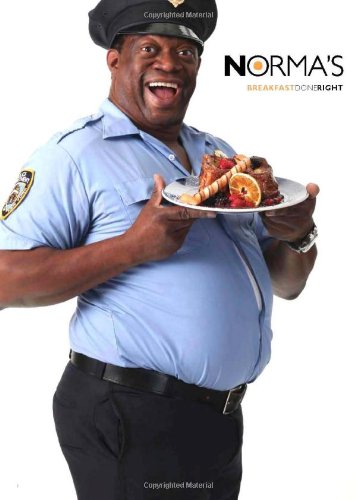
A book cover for NORMA'S - Breakfast Done Right; Le Parker Meridien; Cookbooks, Food & Wine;